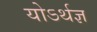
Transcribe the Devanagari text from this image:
योऽर्थज्ञ